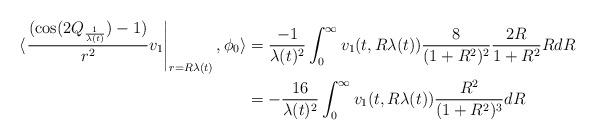
LaTeX: \begin{align*}\langle\left.\frac{(\cos(2Q_{\frac{1}{\lambda(t)}})-1)}{r^{2}} v_{1}\right\vert_{r=R \lambda(t)},\phi_{0}\rangle&=\frac{-1}{\lambda(t)^{2}}\int_{0}^{\infty}v_{1}(t,R \lambda(t)) \frac{8}{(1+R^{2})^{2}}\frac{2R}{1+R^{2}} RdR\\&=-\frac{16}{\lambda(t)^{2}} \int_{0}^{\infty} v_{1}(t, R\lambda(t))\frac{R^{2}}{(1+R^{2})^{3}}dR\end{align*}